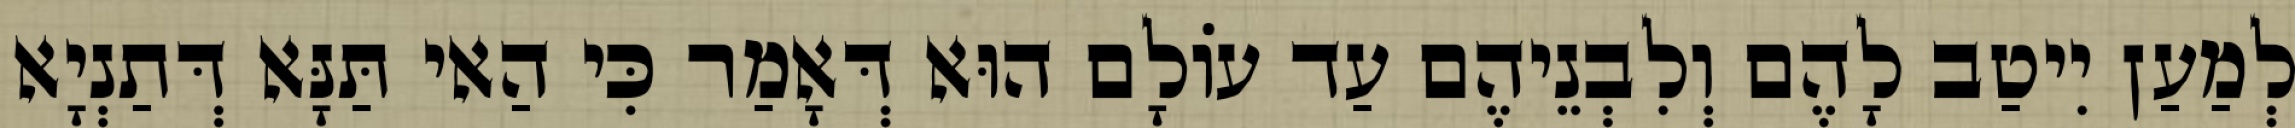
לְמַעַן יִיטַב לָהֶם וְלִבְנֵיהֶם עַד עוֹלָם הוּא דְּאָמַר כִּי הַאי תַּנָּא דְּתַנְיָא